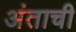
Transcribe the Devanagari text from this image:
अंताची